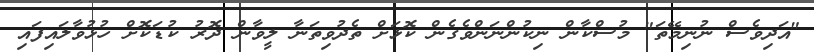
"އަދިވެސް ނުނިމޭތަ" މުސްކާން ނިކުންނަންވެގެން ކޮޅަށް ތެދުވިތަނާ ލީވާން ދޮރު ކުޑަކޮށް ހުޅުވާލައިފައި